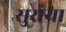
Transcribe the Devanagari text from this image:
सुराया